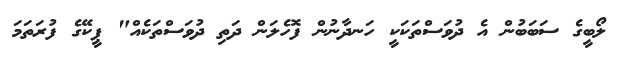
ލޯބީގެ ސަބަބުން އެ ދުވަސްތަކަކީ ހަނދާނުން ފޮހެލަން ދަތި ދުވަސްތަކެއް" ޕީކޭގެ ފުރަތަމަ